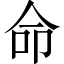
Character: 命